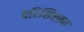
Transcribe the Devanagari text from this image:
परिशिष्टरूप